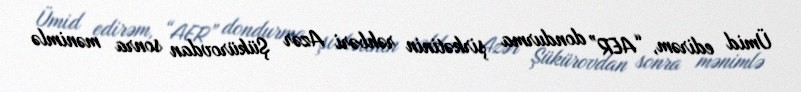
Ümid edirəm, “AER” dondurma şirkətinin rəhbəri Azər Şükürovdan sonra mənimlə